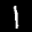
Label: 1